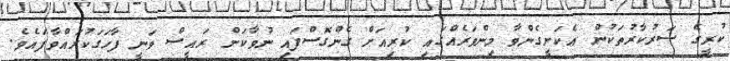
ކުރީގެ ސަރުކާރުތަކުން އެކަށީގެންވާ މިންވަރެއްގައި ކުރިއަށް ގެންގޮސްފައި ނުވާކަން ރައީސް ވަނީ ފާހަގަކުރައްވާފައެވެ.